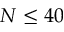
N \leq 4 0